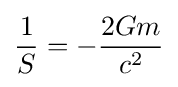
{\frac {1}{S}}=-{\frac {2Gm}{c^{2}}}